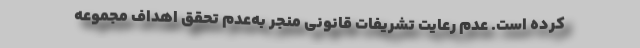
کرده است. عدم رعایت تشریفات قانونی منجر به‌عدم تحقق اهداف مجموعه